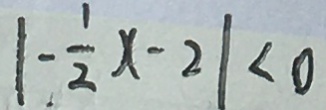
1 - \frac { 1 } { 2 } x - 2 1 < 0